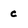
Character: c